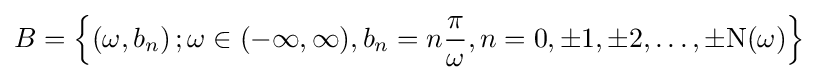
B=\left\{\left(\omega ,b_{n}\right);\omega \in (-\infty ,\infty ),b_{n}=n{\frac {\pi }{\omega }},n=0,\pm 1,\pm 2,\ldots ,\pm \mathrm {N} (\omega )\right\}